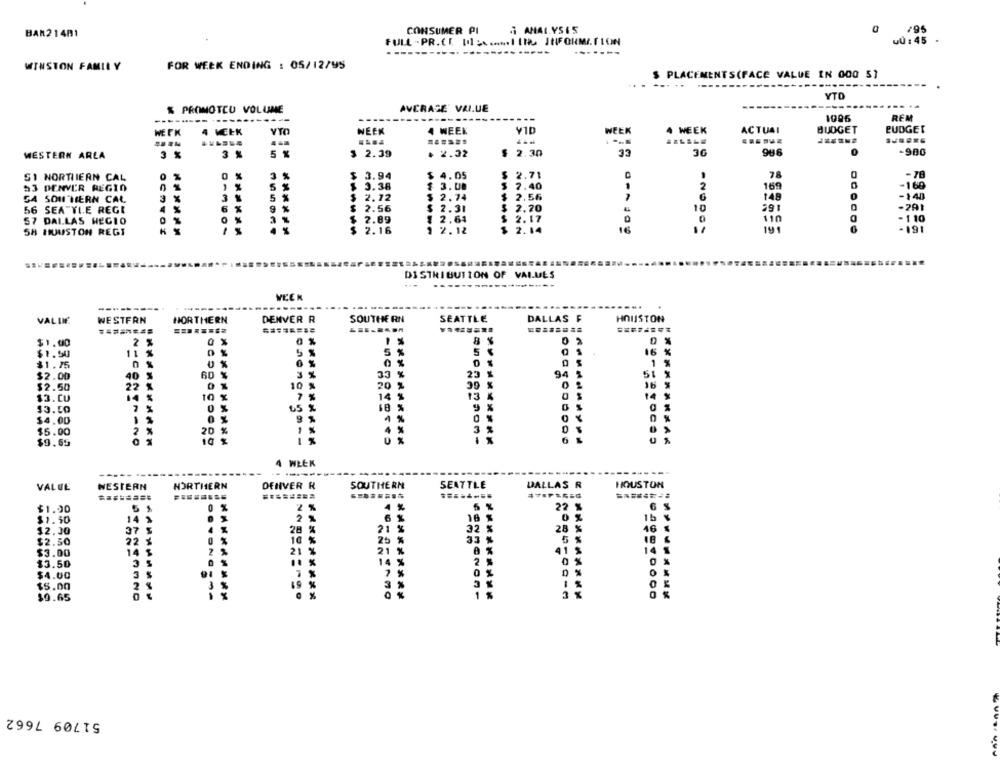
CONSUMER PI
ANALYSIS
0
795
BAR21481
uu : 45
FULL -PR.CE DI .... IIRO INFORMATION
WINSTON FAMILY
FOR WEEK ENDING : 05/12/95
$ PLACEMENTS(FACE VALUE IN 000 S)
... ..
------
YTO
AVERAGE VALUE
% PROMOTCU VOLUME
--------
----------
1996
REM
WEEK
4 WEEK
NEEK
4 WEEK
WEEK
4 WEEK
ACTUAI
BUDGET
BUDGET
......
....
MESTERN ARLA
3 %
3 %
5 %
$ 2.39
+ 2.32
2.30
33
30
986
0
-900
SI NORTHIERN CAL
0 %
0 %
$ 3.94
$ 4.05
$
2.71
$ 3.08
169
-160
53 DENVER REGIO
5 %
3.38
$ 7.40
2
GA SON HERN CAL
3 %
3 %
5 %
$ 2.72
$ 2.74
2.56
145
-140
4 %
6 %
9 %
$
$ 2.31
2.20
10
291
56 SEATTLE REGI
2.56
-201
57 DALLAS HECIO
2.89
1 2.64
2.17
110
-110
SH HOUSTON REGI
2.16
1 2.12
2.14
16
191
-19
DISTRIBUTION OF VALUES
---
WEEK
------
--....
VALLE
WESTERN
NORTHERN
DENVER R
SOUTHERN
SEATTLE
DALLAS F
HOUSTON
========
$1.00
2 %
0 %
0 %
0 %
$1.50
5 %
5 %
5 5
16 %
1
$1.75
0
$2.00
40 %
60
3 %
33 %
23 %
94
51
10 %
20
30 %
$2.50
22
$3.CU
x
7 %
14
13 x
14
$3.50
65 %
18
9 %
0 %
4 %
$4.00
$5.00
20
1 %
$9.65
4 WŁEK
-----
NORTHERN
SOUTHERN
SEATTLE
DALLAS R
HOUSTON
VALUE
WESTERN
DENVER R
........
$1.90
0 %
2 %
4 %
5 %
22 %
6 %
2 %
15 %
$1.50
14 %
16
12.30
37 5
28 %
21 %
32 %
28 %
46 %
10 %
25
33
18
$2.50
22 %
%
$3.00
14 $
21 %
21
%
A %
41 %
14 1
5
14
2
0 %
0 %
$3.50
$4.00
7 %
7 %
0 %
0
$5.00
19
$0.65
51709 7662